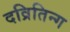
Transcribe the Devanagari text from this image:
दव्रितिन्ग